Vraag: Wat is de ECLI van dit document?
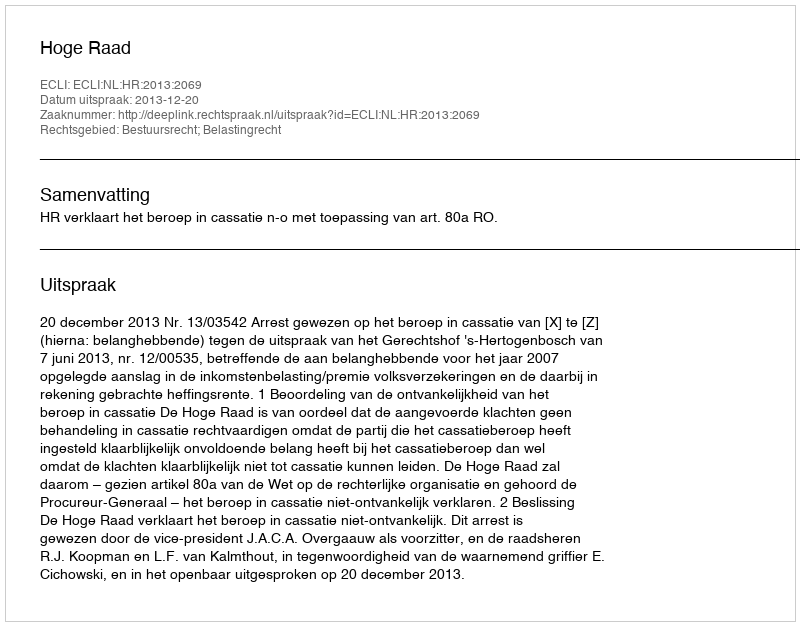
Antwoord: ECLI:NL:HR:2013:2069